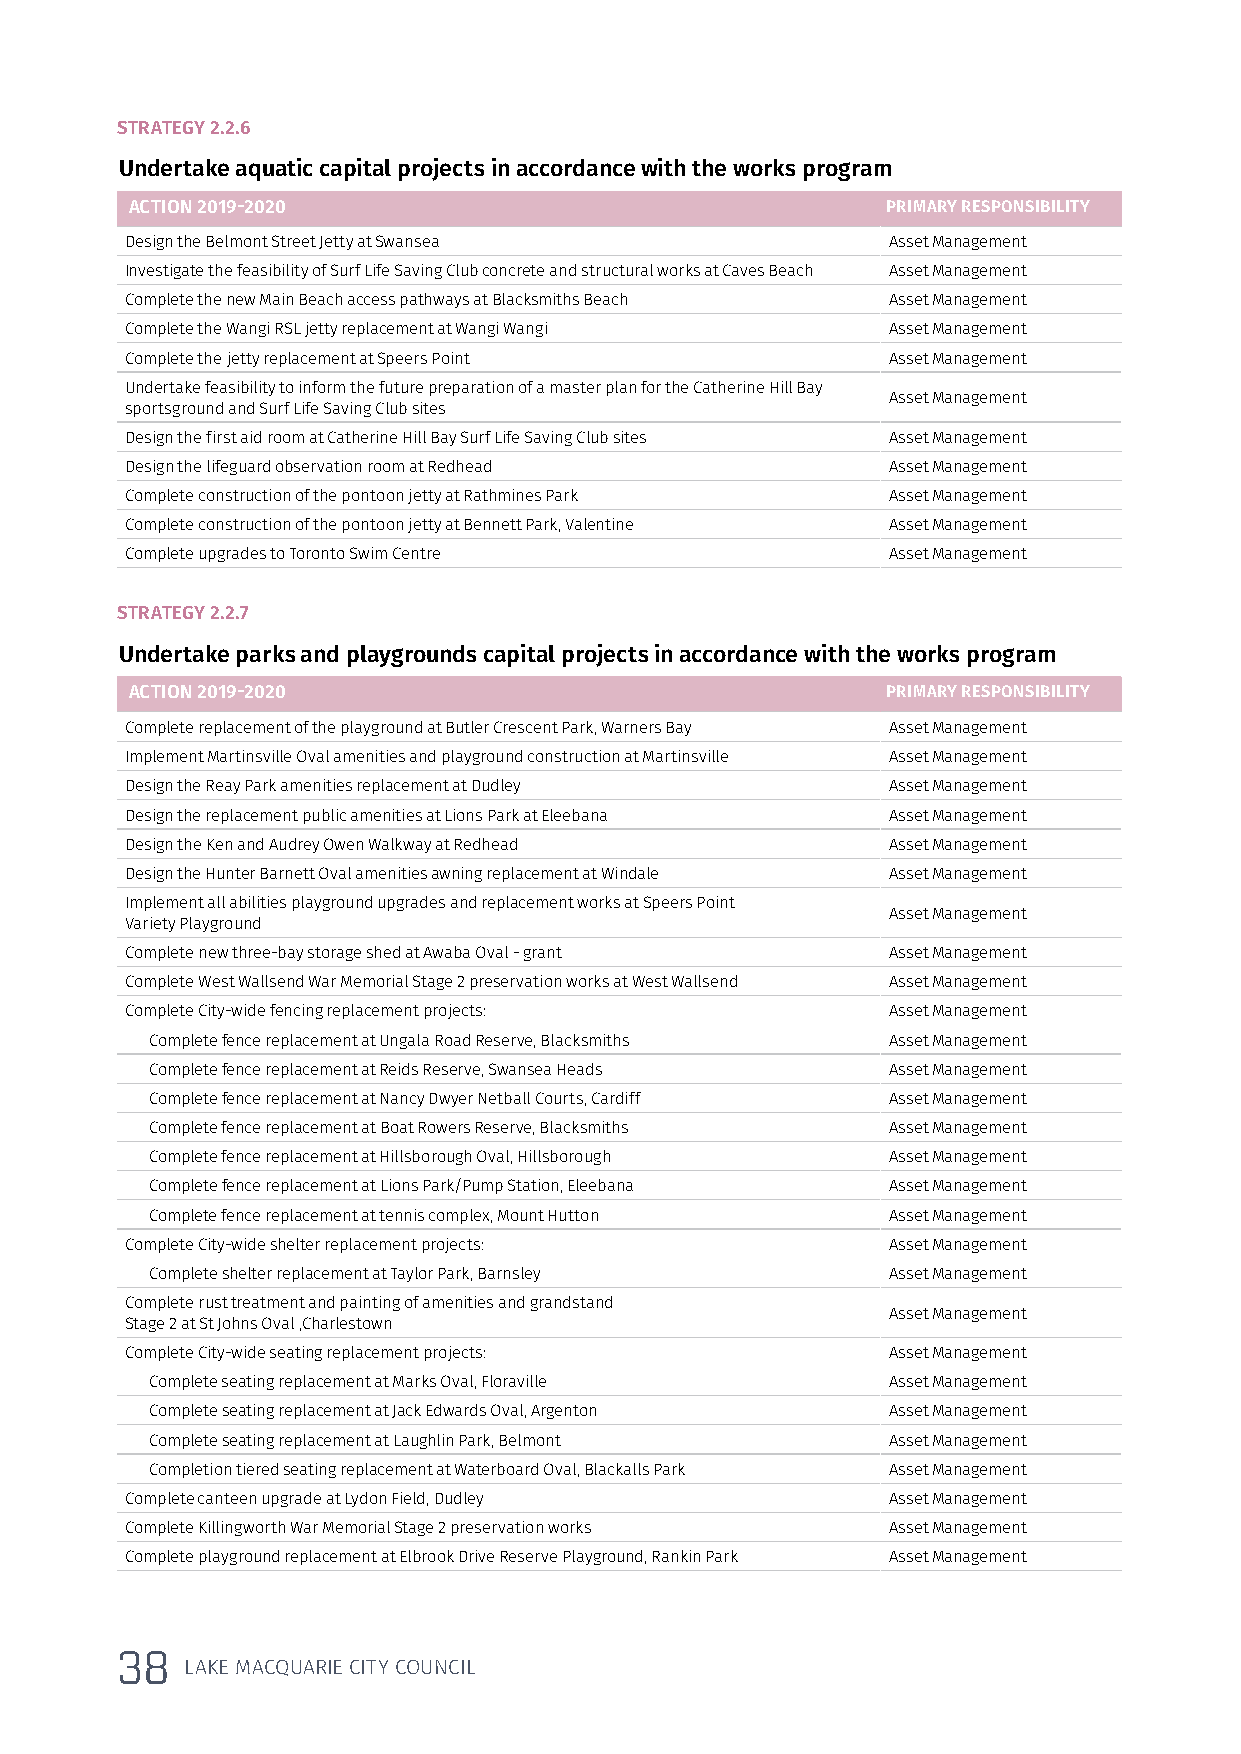
STRATEGY 2.2.6
 Undertake aquatic capital projects in accordance with the works program
 ACTION 2019-2020                                  PRIMARY RESPONSIBILITY
 Design the Belmont Street Jetty at Swansea         Asset Management
 Investigate the feasibility of Surf Life Saving Club concrete and structural works at Caves Beach Asset Management
 Complete the new Main Beach access pathways at Blacksmiths Beach Asset Management
 Complete the Wangi RSL jetty replacement at Wangi Wangi Asset Management
 Complete the jetty replacement at Speers Point     Asset Management
 Undertake feasibility to inform the future preparation of a master plan for the Catherine Hill Bay
 Asset Management
 sportsground and Surf Life Saving Club sites
 Design the first aid room at Catherine Hill Bay Surf Life Saving Club sites Asset Management
 Design the lifeguard observation room at Redhead   Asset Management
 Complete construction of the pontoon jetty at Rathmines Park Asset Management
 Complete construction of the pontoon jetty at Bennett Park, Valentine Asset Management
 Complete upgrades to Toronto Swim Centre           Asset Management
 STRATEGY 2.2.7
 Undertake parks and playgrounds capital projects in accordance with the works program
 ACTION 2019-2020                                  PRIMARY RESPONSIBILITY
 Complete replacement of the playground at Butler Crescent Park, Warners Bay Asset Management
 Implement Martinsville Oval amenities and playground construction at Martinsville Asset Management
 Design the Reay Park amenities replacement at Dudley Asset Management
 Design the replacement public amenities at Lions Park at Eleebana Asset Management
 Design the Ken and Audrey Owen Walkway at Redhead  Asset Management
 Design the Hunter Barnett Oval amenities awning replacement at Windale Asset Management
 Implement all abilities playground upgrades and replacement works at Speers Point
 Asset Management
 Variety Playground
 Complete new three-bay storage shed at Awaba Oval - grant Asset Management
 Complete West Wallsend War Memorial Stage 2 preservation works at West Wallsend Asset Management
 Complete City-wide fencing replacement projects:   Asset Management
 Complete fence replacement at Ungala Road Reserve, Blacksmiths Asset Management
 Complete fence replacement at Reids Reserve, Swansea Heads Asset Management
 Complete fence replacement at Nancy Dwyer Netball Courts, Cardiff Asset Management
 Complete fence replacement at Boat Rowers Reserve, Blacksmiths Asset Management
 Complete fence replacement at Hillsborough Oval, Hillsborough Asset Management
 Complete fence replacement at Lions Park/Pump Station, Eleebana Asset Management
 Complete fence replacement at tennis complex, Mount Hutton Asset Management
 Complete City-wide shelter replacement projects:   Asset Management
 Complete shelter replacement at Taylor Park, Barnsley Asset Management
 Complete rust treatment and painting of amenities and grandstand
 Asset Management
 Stage 2 at St Johns Oval ,Charlestown
 Complete City-wide seating replacement projects:   Asset Management
 Complete seating replacement at Marks Oval, Floraville Asset Management
 Complete seating replacement at Jack Edwards Oval, Argenton Asset Management
 Complete seating replacement at Laughlin Park, Belmont Asset Management
 Completion tiered seating replacement at Waterboard Oval, Blackalls Park Asset Management
 Complete canteen upgrade at Lydon Field, Dudley    Asset Management
 Complete Killingworth War Memorial Stage 2 preservation works Asset Management
 Complete playground replacement at Elbrook Drive Reserve Playground, Rankin Park Asset Management
 38
 LAKE MACQUARIE CITY COUNCIL